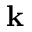
\mathbf { k }